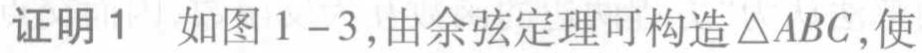
证明1 如图1 - 3,由余弦定理可构造\(\triangle ABC\),使